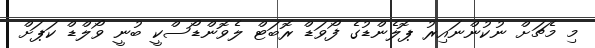
މި މެޗަށް ނުކުންނައިރު ޕޮލެންޑުގެ ފޯވަޑް ރޮބަޓް ލެވޮންޑޯސްކީ ބުނީ ވޯލްޑް ކަޕަށް